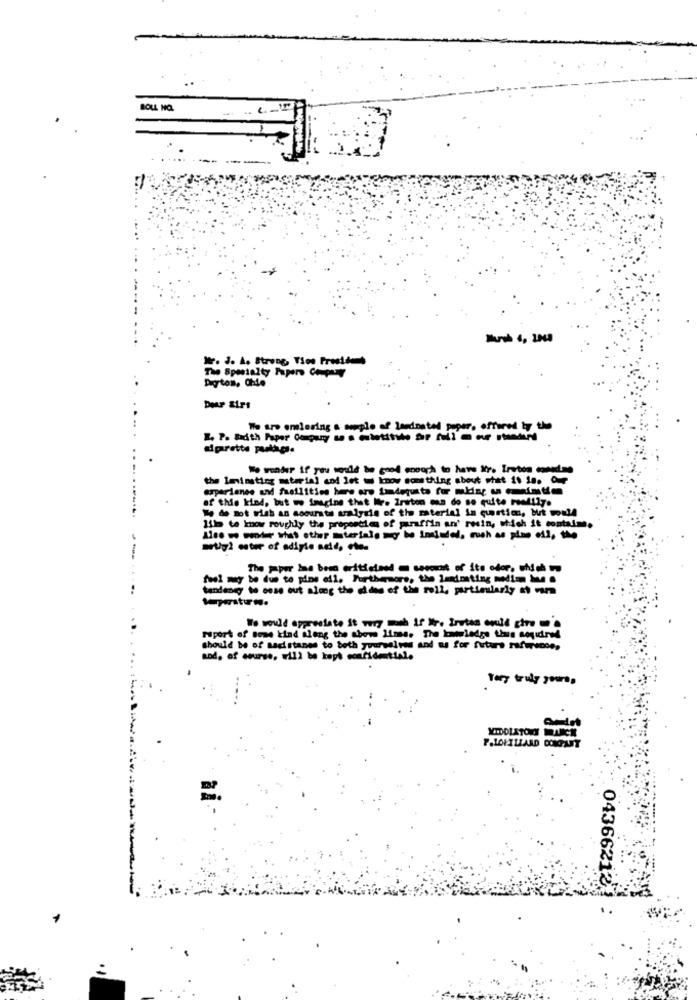
BOLL HO
NlF. J. A. Strong, Vice President
The Specialty Pipen Copy
Dayton, Ohio
We are omlering a soplo af lasdnatel peper, offered by the
diprette pulag.
Wo wonder if you would be good enough to have Xr. Iruton medme
the lainsting material and let = know something about what it is. Our
experience and fhailities hoe ore imdegusta for midar u intim
of this kind, but we imagine that Ire Zruton man do so quite readily.
% d mot rish an soourste aralydie of the material in question, but would
like to know roughly the properties of paraffin an' resin, which it contalm.
muiyi astur of adigie add, oto-
The pper Ine besa eritistand = seccicht of its odor. which =
feel may be due to pine ell. Furthermore, the lexionting mediam hu .
tandeneg to onse out along the des of the roll, particularly : mm
*maitr ..
To would appreciate it was mah if it. Irutan would give to
Fiport of some kind along the abow lines. The kowledge this aoyidred
should be of sadistanes to beth yourselves and as for future reference,
and, of course, will be kept confidential.
Tery truly yours,
MIDDLETON UCE
P.LONILLARD DONGANT
04366212